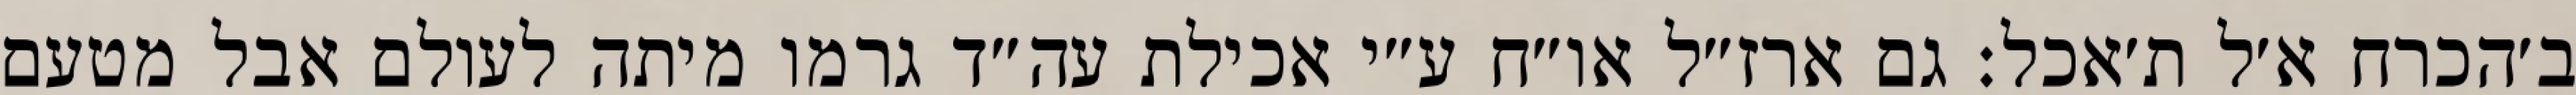
ב׳הכרח א׳ל ת׳אכל: גם ארז״ל או״ח ע״י אכילת עה״ד גרמו מיתה לעולם אבל מטעם